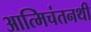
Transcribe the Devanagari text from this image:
आत्मिचंतनथी